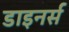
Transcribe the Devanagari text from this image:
डाइनर्स